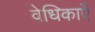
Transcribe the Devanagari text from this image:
वेधिकाएँ